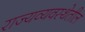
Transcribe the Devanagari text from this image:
राज्यव्यवस्थेतील